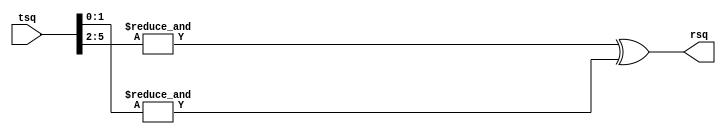
// Copyright 2003 Star Galaxy Publishing

module generic_instantiate (tsq, rsq);
  input [5:0] tsq;

  output rsq;
  wire and2out, and4out;

  assign and2out = & tsq[1:0];
  assign and4out = & tsq[5:2];
  assign rsq = and4out ^ and2out;
endmodule